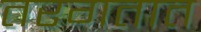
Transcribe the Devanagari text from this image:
तरगतात